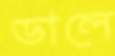
ডালে